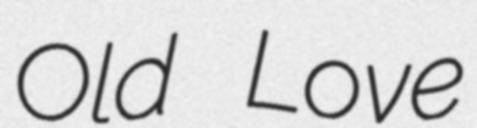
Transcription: Old Love